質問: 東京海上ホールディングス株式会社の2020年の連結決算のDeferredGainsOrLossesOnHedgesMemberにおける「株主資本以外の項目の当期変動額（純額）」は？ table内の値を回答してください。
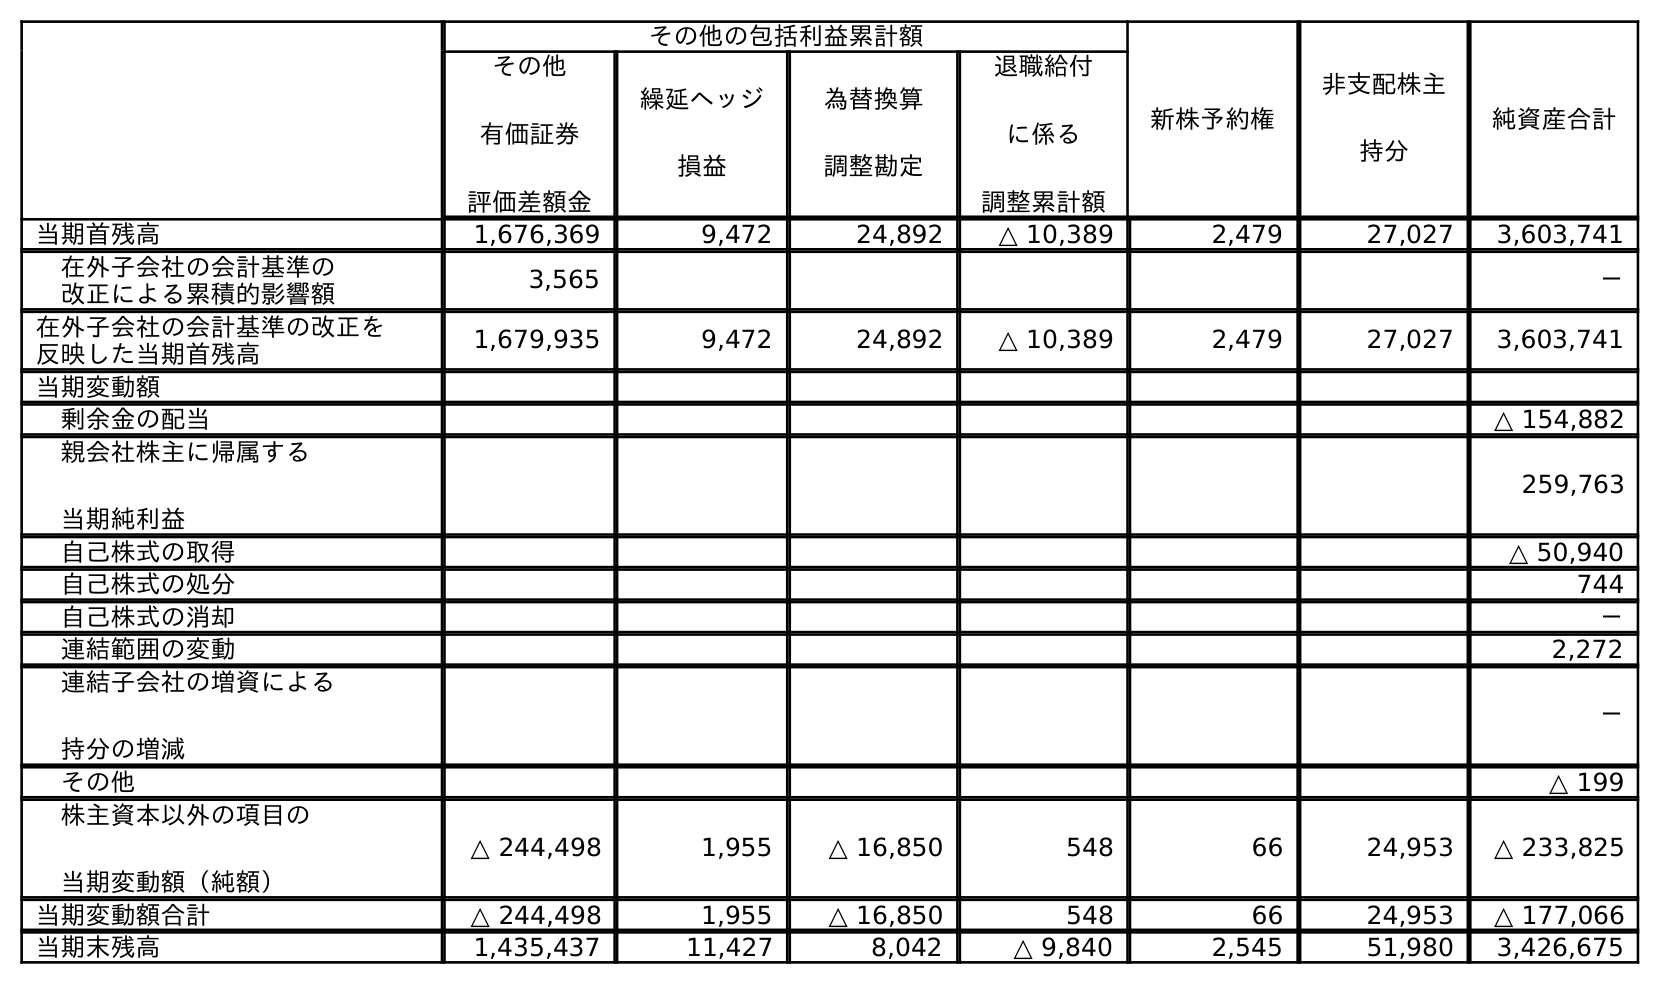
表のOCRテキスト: その他の包括利益累計額 新株予約権 非支配株主 持分 純資産合計 その他 有価証券 評価差額金 繰延ヘッジ 損益 為替換算 調整勘定 退職給付 に係る 調整累計額 当期首残高 1,676,369 9,472 24,892 △ 10,389 2,479 27,027 3,603,741 在外子会社の会計基準の 改正による累積的影響額 3,565 － 在外子会社の会計基準の改正を 反映した当期首残高 1,679,935 9,472 24,892 △ 10,389 2,479 27,027 3,603,741 当期変動額 剰余金の配当 △ 154,882 親会社株主に帰属する 当期純利益 259,763 自己株式の取得 △ 50,940 自己株式の処分 744 自己株式の消却 － 連結範囲の変動 2,272 連結子会社の増資による 持分の増減 － その他 △ 199 株主資本以外の項目の 当期変動額（純額） △ 244,498 1,955 △ 16,850 548 66 24,953 △ 233,825 当期変動額合計 △ 244,498 1,955 △ 16,850 548 66 24,953 △ 177,066 当期末残高 1,435,437 11,427 8,042 △ 9,840 2,545 51,980 3,426,675
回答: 1,955